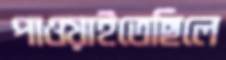
পাওয়াইতেছিলে